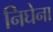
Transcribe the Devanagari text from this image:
निघेना